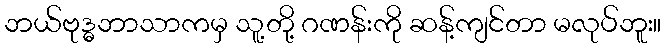
ဘယ်ဗုဒ္ဓဘာသာကမှ သူ့တို့ ဂဏန်းကို ဆန့်ကျင်တာ မလုပ်ဘူး။